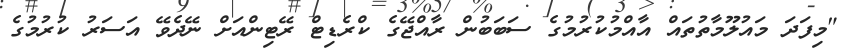
"މިފަދަ މައުލޫމާތުތައް އާއްމުކުރުމުގެ ސަބަބުން ރާއްޖޭގެ ކްރެޑިޓް ރޭޓިންއަށް ނޭދެވޭ އަސަރު ކުރުމުގެ